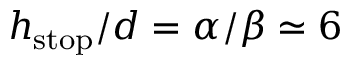
h _ { \mathrm { { s t o p } } } / d = \alpha / \beta \simeq 6